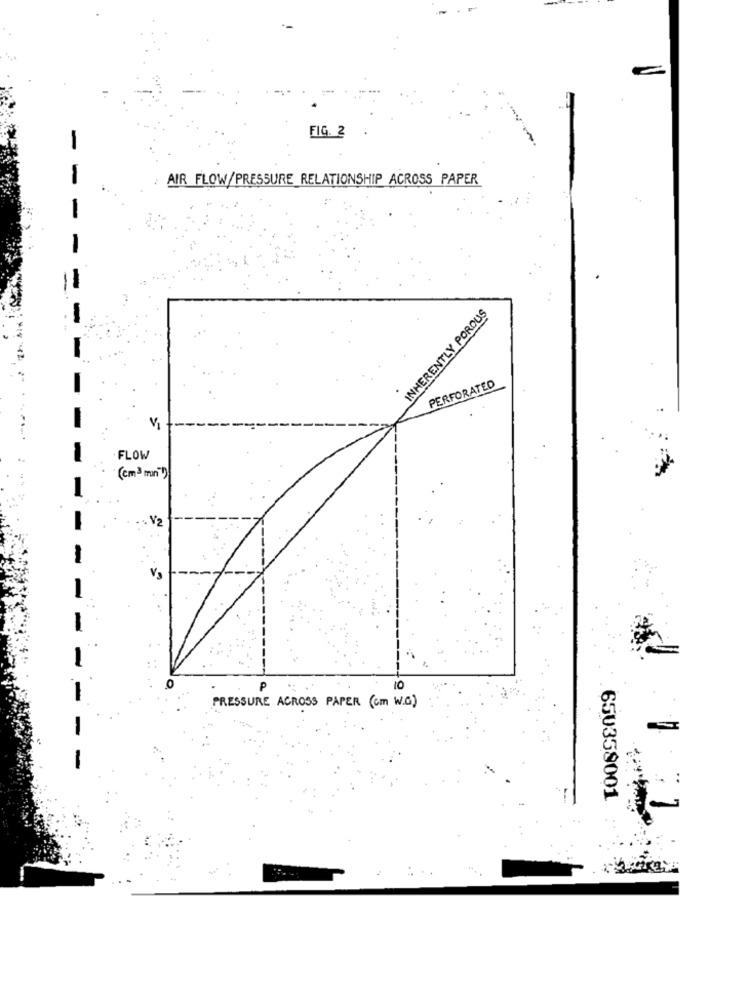
FIG. 2
AIR FLOW/PRESSURE RELATIONSHIP ACROSS PAPER
INHERENTLY POROUS
PERFORATED
FLOW
(cm3 mon")
V2
P
10
PRESSURE ACROSS PAPER (cm W.C.)
650358001